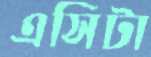
এসিটা